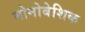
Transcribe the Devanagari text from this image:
मोनोबेशिक